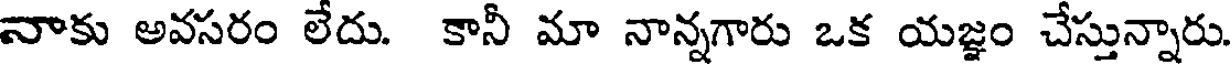
నాకు అవసరం లేదు. కానీ మా నాన్నగారు ఒక యజ్ఞం చేస్తున్నారు